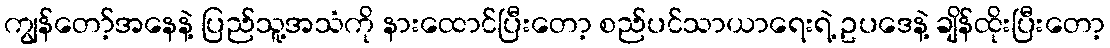
ကျွန်တော့်အနေနဲ့ ပြည်သူ့အသံကို နားထောင်ပြီးတော့ စည်ပင်သာယာရေးရဲ့ ဥပဒေနဲ့ ချိန်ထိုးပြီးတော့